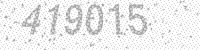
Solution: 419015